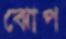
ঝোপ